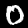
Digit: 0